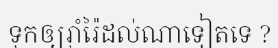
ទុកឲ្យរ៉ាំរ៉ៃដល់ណាទៀតទេ ?